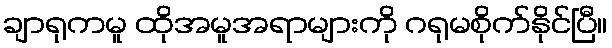
ချာရုကမူ ထိုအမူအရာများကို ဂရုမစိုက်နိုင်ပြီ။